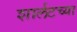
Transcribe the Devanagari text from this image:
शार्लटच्या